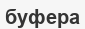
буфера